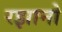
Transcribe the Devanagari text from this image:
रझानो